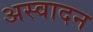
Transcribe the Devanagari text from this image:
अस्वादन